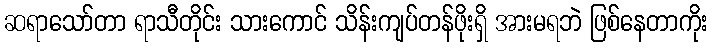
ဆရာသော်တာ ရာသီတိုင်း သားကောင် သိန်းကျပ်တန်ဖိုးရှိ အားမရဘဲ ဖြစ်နေတာကိုး